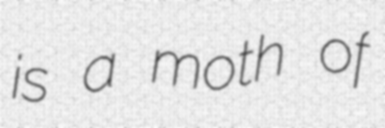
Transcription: is a moth of